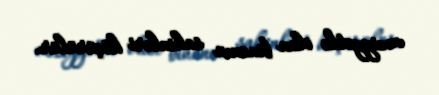
vəziyyətdə olan binanın sakinləri köçürülür.